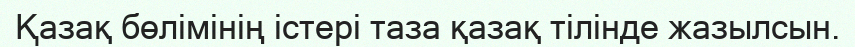
Қазақ бөлімінің істері таза қазақ тілінде жазылсын.